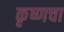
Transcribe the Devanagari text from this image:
कृष्णचा